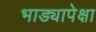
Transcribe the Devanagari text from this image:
भाड्यापेक्षा